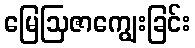
မြေဩဇာကျွေးခြင်း